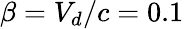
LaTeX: \beta=V_{d}/c=0.1